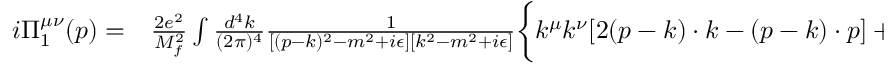
\begin{array} { r l } { i \Pi _ { 1 } ^ { \mu \nu } ( p ) = } & { { } \frac { 2 e ^ { 2 } } { M _ { f } ^ { 2 } } \int \frac { d ^ { 4 } k } { ( 2 \pi ) ^ { 4 } } \frac { 1 } { [ ( p - k ) ^ { 2 } - m ^ { 2 } + i \epsilon ] [ k ^ { 2 } - m ^ { 2 } + i \epsilon ] } \biggl \{ k ^ { \mu } k ^ { \nu } [ 2 ( p - k ) \cdot k - ( p - k ) \cdot p ] + 4 ( p - k ) ^ { \mu } k ^ { \nu } [ 2 k \cdot k - k \cdot p ] + } \end{array}